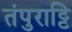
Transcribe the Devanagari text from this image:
तंपुराट्टि